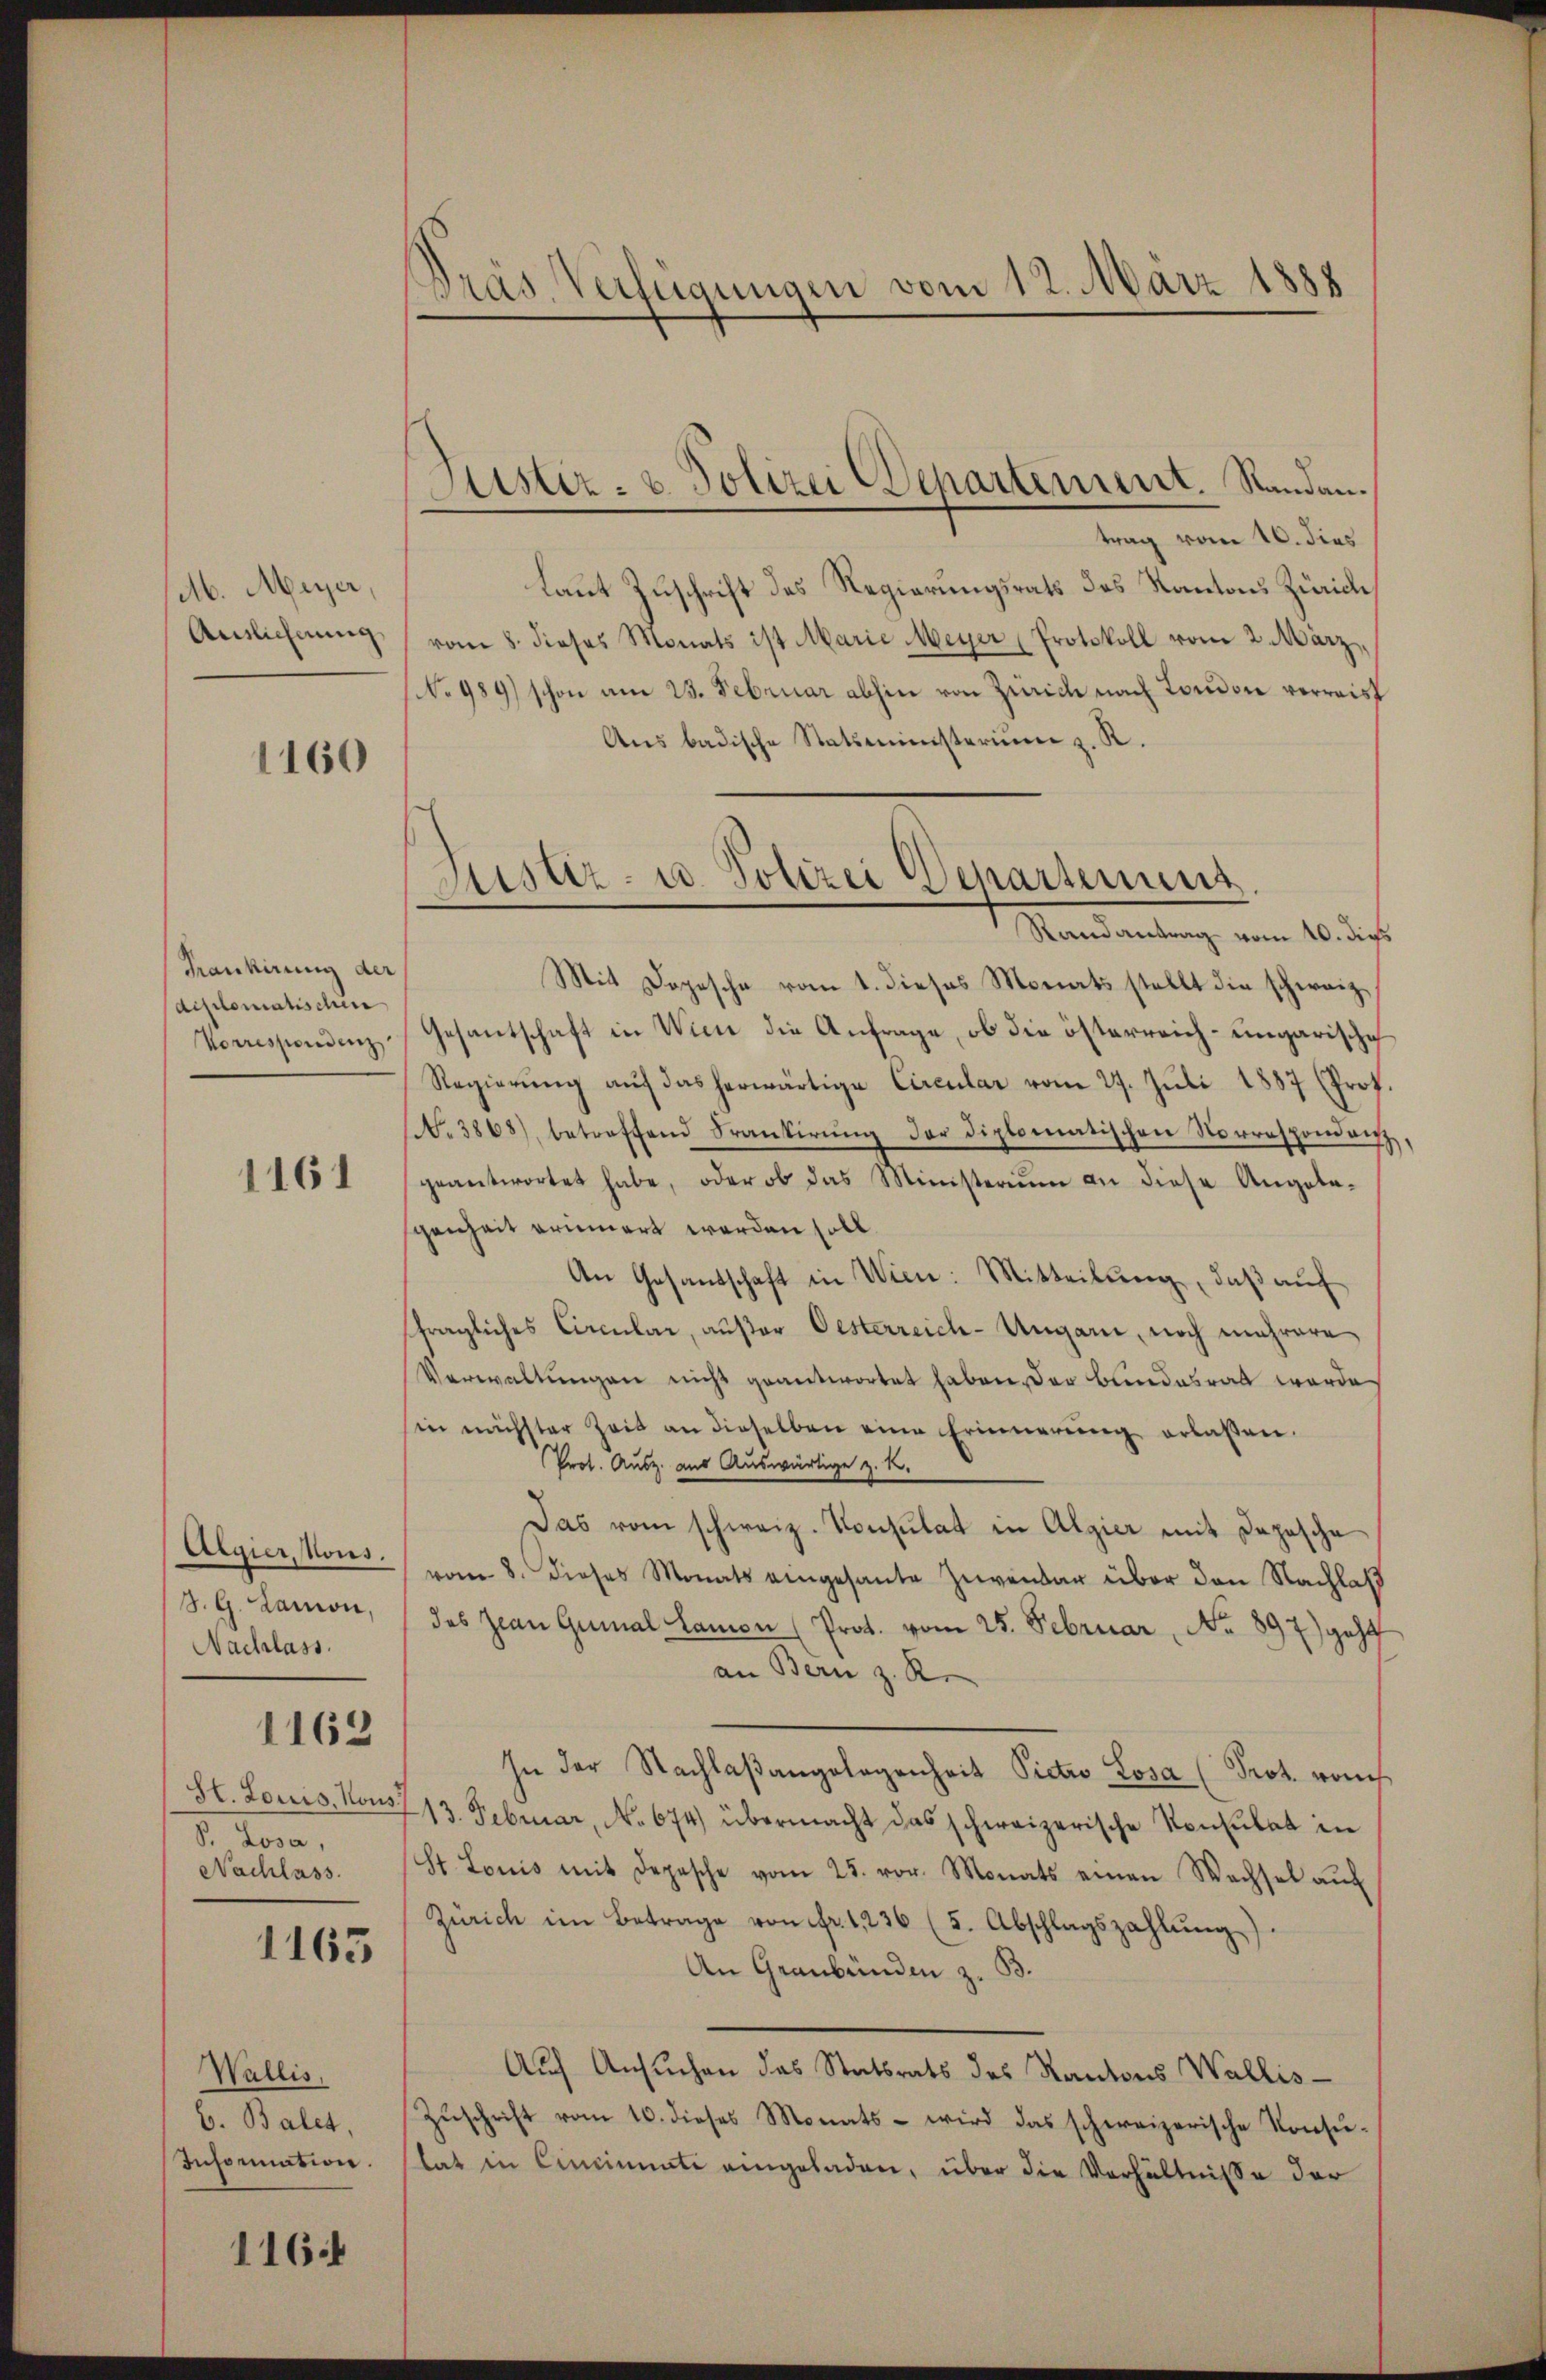
M. Meyer,
Auslichnung

1160

Frankirung der
diplomatischen
Vorrespondenz

1161

Algier, Nous.
J. G. Lamon,
Nachlass.

1162

Sl. Louis, Nous
P. Losa,
Nachlass.

1163

Wallis,
b. Balet,
Information.

116

Präs. Verfügungen vom 12. März 1885

Justiz- & Polizei Departement. Randan¬

trag vom 10. dies
laut Zuschrift des Regierungsrats des Kantons Zürich,
vom 8. dieses Monats ist Marie Meyer Protokoll vom 2. März,
No 989) schon am 25. Februar abhin von Zürich nach London verreist
Ans badische Statsministerium z. R.
Mit Dopesche vom 1. dieses Monats stellt die schweiz,
Gesantschaft in Wien die Anfrage, ob die österreich-ungarische
Regierŭng aŭf das herwärtige Circular vom 27. Jŭli 1887 (Prof.
N. 3868), betreffend Strantirŭng der diplomatischen Norrespondenz,
geantwortet habe, oder ob das Ministerium an diese Angelagenheit erinnert werden soll.
An Gesandschaft in Wien: Mitteilŭng, daβ aŭf
fragliches Circular, außer Oesterreich-Ungarn, noch mehrere
Verwaltŭngen nicht geantwortet haben, der Bundesrat werde
in nächster Zeit an dieselben eine Erinnerŭng erlassen.
Prot. Ausz. aus Auswärtige z. B.
Das vom schweiz. Konsulat in Algier mit Japasche
vom 8. dieses Monats eingesante Zuventar über den Nachlaß
des Jean Gumal Samon (Prot. vom 25. Februar, No 897) geht
an Bern z. R.
In der Nachlaβangelegenheit Pictio Losa (Prot. vom
13. Februar, No 674) übermacht das schweizerische Konsulat in
St. Louis mit Depesche vom 25. vor. Monats einen Wachsel aŭf
Zürich im Betrage von fr. 1236 (5. Abschlagszahlŭng.
An Graubünden z. B.
Auf Ansuchen das Statsrats des Kantons Wallis¬
Zŭschrift vom 10. dieses Monats - wird das schweizerische Konsulat in Cincinati eingeladen, über die Verhältnisse der

Lister- u. Polizei Departenung.
Randantrag vom 10. dies